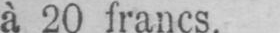
à 20 francs.